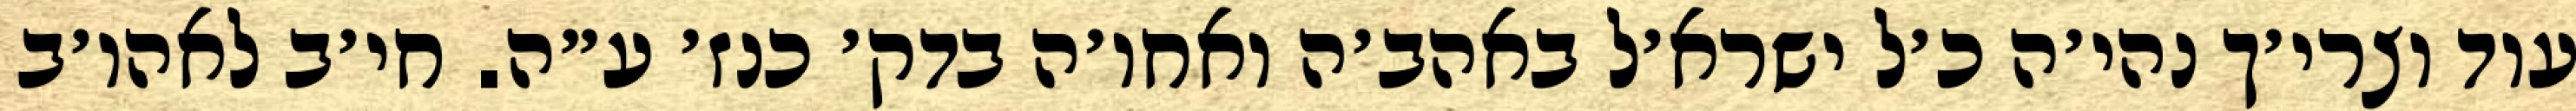
עוד וצרי׳ך נהי׳ה כ׳ל ישרא׳ל באהב׳ה ואחו׳ה בדק׳ כנז׳ ע״ה. חי׳ב לאהו׳ב